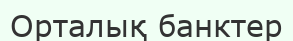
Орталық банктер